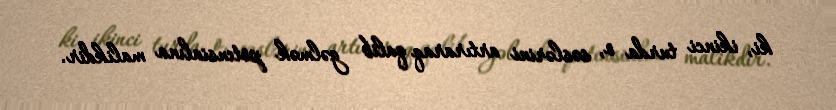
ki, ikinci turda o, səslərini artıraraq qalib gəlmək potensialına malikdir.